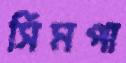
সিমপা